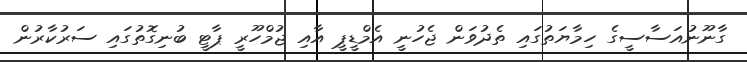
ގާނޫނުއަސާސީގެ ހިމާޔަތުގައި ތެދުވަން ޖެހުނީ އެމްޑީޕީ އާއި ޖުމްހޫރީ ޕާޓީ ބުނިގޮތުގައި ސަރުކާރުން